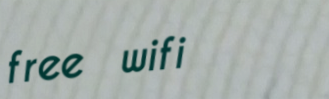
free wifi